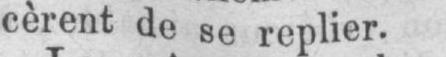
cèrent de se replier.